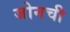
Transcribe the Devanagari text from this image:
जोनची